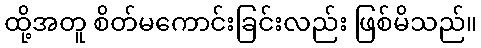
ထို့အတူ စိတ်မကောင်းခြင်းလည်း ဖြစ်မိသည်။